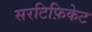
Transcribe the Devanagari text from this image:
सरटिफ़िकेट